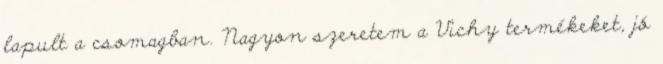
lapult a csomagban. Nagyon szeretem a Vichy termékeket, jó